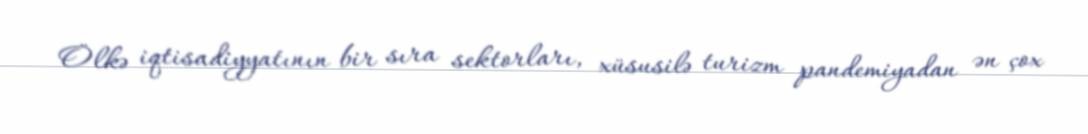
Ölkə iqtisadiyyatının bir sıra sektorları, xüsusilə turizm pandemiyadan ən çox